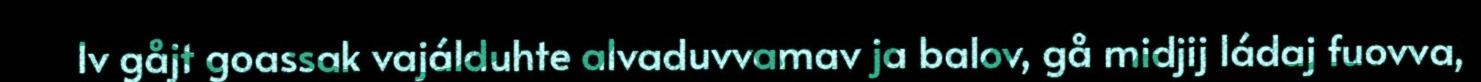
Iv gåjt goassak vajálduhte alvaduvvamav ja balov, gå midjij ládaj fuovva,